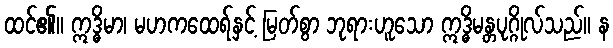
ထင်၏။ ဣဒ္ဓိမာ၊ မဟကထေရ်နှင့် မြတ်စွာ ဘုရားဟူသော ဣဒ္ဓိမန္တပုဂ္ဂိုလ်သည်။ န